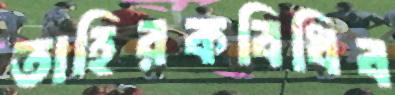
তাহিরকবিধিব